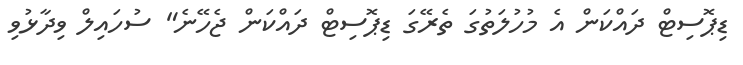
ޑިޕޮސިޓް ދައްކަން އެ މުހުލަތުގަ ތެރޭގަ ޑިޕޮސިޓް ދައްކަން ޖެހޭނެ" ސުހައިލް ވިދާޅުވި